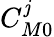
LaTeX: C_{M0}^{\mathit{j}}